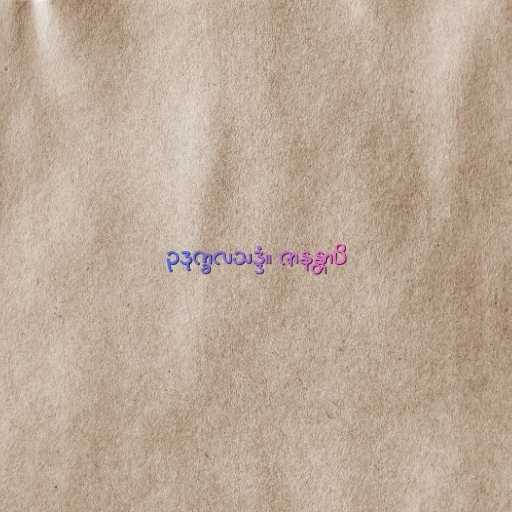
ဥဒုက္ခလသဒ္ဒံ။ ဇာနန္တာပိ